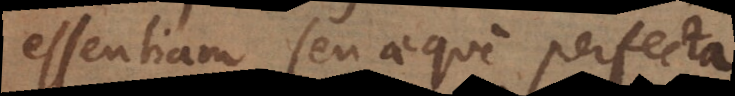
essentiam, seu aeque perfecta